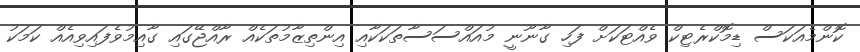
ކޮންމެއަކަސް ޑިމޮކްރެޓިކް ވެއްޓަކަށް ފަހި ގާނޫނީ މުއައްސަސާތަކަކާއި އިންތިޒާމުތަކެއް ރާއްޖޭގައި ގާއިމުވެފައިވިއެއް ކަމަކު